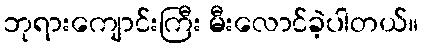
ဘုရားကျောင်းကြီး မီးလောင်ခဲ့ပါတယ်။